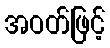
အဝတ်ဖြင့်